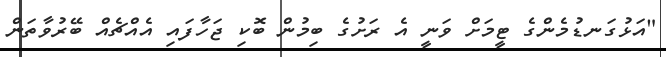
"އަޅުގަނޑުމެންގެ ޓީމަށް ވަނީ އެ ރަށުގެ ބިމުން ބޮކި ޖަހާފައި އެއްޗެއް ބޭރުވާތަން